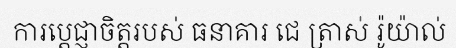
ការប្តេជ្ញាចិត្តរបស់ ធនាគារ ជេ ត្រាស់ រ៉ូយ៉ាល់